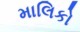
માલિકો